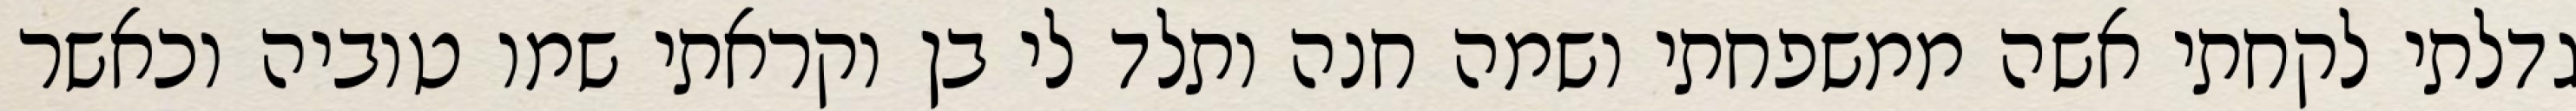
גדלתי לקחתי אשה ממשפחתי ושמה חנה ותלד לי בן וקראתי שמו טוביה וכאשר